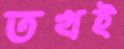
তখই